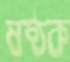
ষষ্ঠক